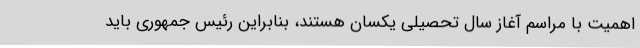
اهمیت با مراسم آغاز سال تحصیلی یکسان هستند، بنابراین رئیس جمهوری باید